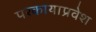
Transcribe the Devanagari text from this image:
परकायाप्रवेश